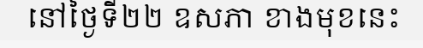
នៅថ្ងៃទី២២ ឧសភា ខាងមុខនេះ